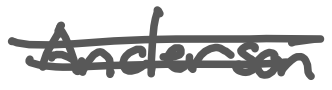
Text: Anderson
Cross-out: double-line
Writing tool: digital_gray